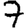
Digit: 7